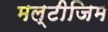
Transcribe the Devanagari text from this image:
मल्टीजिम